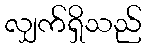
လျှက်ရှိသည်